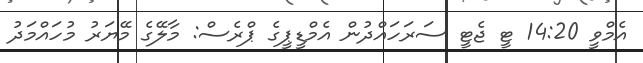
އެމްވީ 14:20 ޓީ ޖެޓީ ސަރަހައްދުން އެމްޑީޕީގެ ޕްރެސް: މާލޭގެ މޭޔަރު މުހައްމަދު